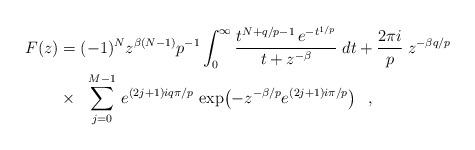
LaTeX: \begin{align*}F(z) & = (-1)^N z^{\beta(N-1)} p^{-1} \int_{0}^{\infty} \frac{t^{N+q/p-1}\, e^{-t^{1/p}}}{t+z^{-\beta}} \; dt+ \frac{2 \pi i}{p}\; z^{-\beta q/p}\\& \times \;\; \sum_{j=0}^{M-1}\,e^{(2j+1)i q \pi /p}\, \exp \!\left( -z^{-\beta/p} e^{(2j+1)i \pi/p} \right) \;\;, \end{align*}